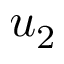
u _ { 2 }